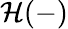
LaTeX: {\mathcal{H}}(-)